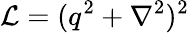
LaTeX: \mathcal{L}=(q^{2}+\nabla^{2})^{2}